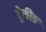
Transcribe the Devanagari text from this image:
ट्रेकीङ